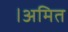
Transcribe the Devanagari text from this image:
।अमित